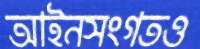
আইনসংগতও